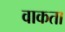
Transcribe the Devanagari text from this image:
वाकता